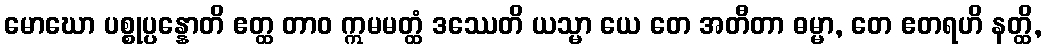
မောဃော ပစ္စုပ္ပန္နောတိ ဧတ္ထ တာဝ ဣမမတ္ထံ ဒဿေတိ ယသ္မာ ယေ တေ အတီတာ ဓမ္မာ, တေ ဧတရဟိ နတ္ထိ,